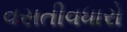
વસતીવધારો